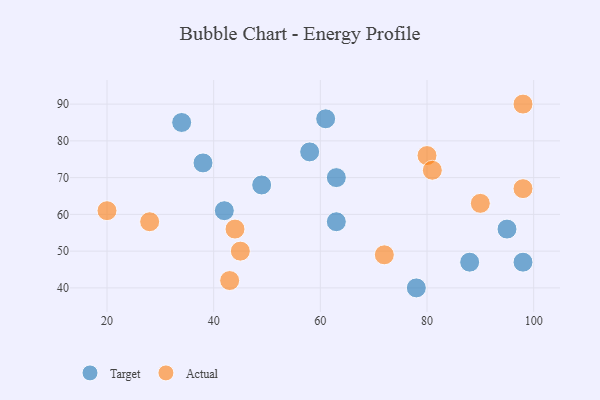
{"axis": {"x": "GDP", "y": "Life Expectancy"}, "legend": ["Actual", "Target"], "data": [{"x": "58", "y": 77, "type": "Target"}, {"x": "42", "y": 61, "type": "Target"}, {"x": "61", "y": 86, "type": "Target"}, {"x": "88", "y": 47, "type": "Target"}, {"x": "95", "y": 56, "type": "Target"}, {"x": "98", "y": 47, "type": "Target"}, {"x": "49", "y": 68, "type": "Target"}, {"x": "63", "y": 58, "type": "Target"}, {"x": "78", "y": 40, "type": "Target"}, {"x": "63", "y": 70, "type": "Target"}, {"x": "34", "y": 85, "type": "Target"}, {"x": "38", "y": 74, "type": "Target"}, {"x": "44", "y": 56, "type": "Actual"}, {"x": "90", "y": 63, "type": "Actual"}, {"x": "43", "y": 42, "type": "Actual"}, {"x": "20", "y": 61, "type": "Actual"}, {"x": "45", "y": 50, "type": "Actual"}, {"x": "98", "y": 90, "type": "Actual"}, {"x": "98", "y": 67, "type": "Actual"}, {"x": "80", "y": 76, "type": "Actual"}, {"x": "72", "y": 49, "type": "Actual"}, {"x": "28", "y": 58, "type": "Actual"}, {"x": "81", "y": 72, "type": "Actual"}]}